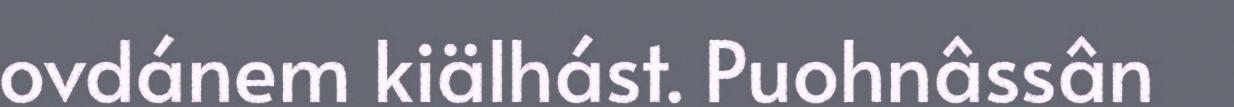
ovdánem kiälhást. Puohnâssân